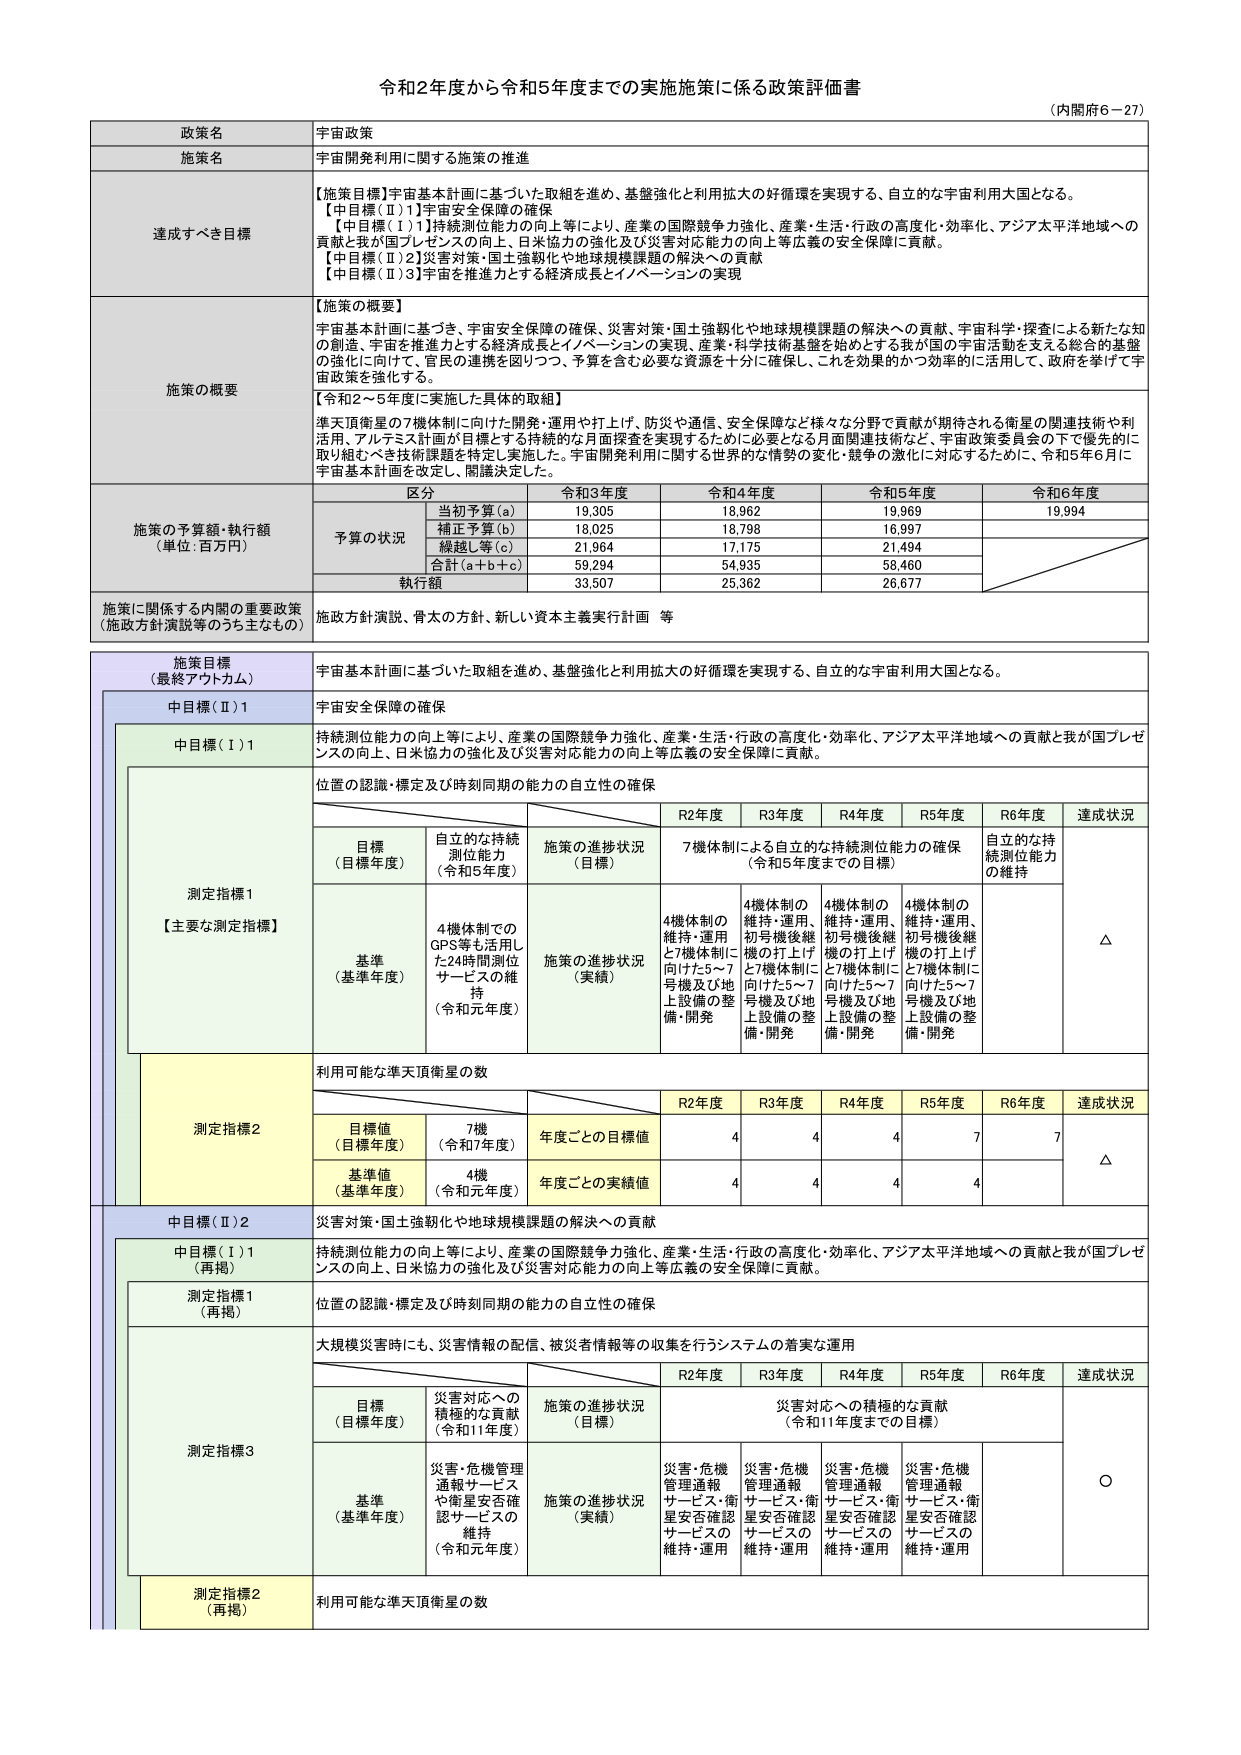
令和2年度から令和5年度までの実施施策に係る政策評価書
（内閣府6-27）

政策名 宇宙政策
施策名 宇宙開発利用に関する施策の推進

達成すべき目標
【施策目標】宇宙基本計画に基づいた取組を進め、基盤強化と利用拡大の好循環を実現する、自立的な宇宙利用大国となる。
【中目標（Ⅱ）1】宇宙安全保障の確保
（中目標（Ⅰ）1）持続測位能力の向上等により、産業の国際競争力強化、産業・生活・行政の高度化・効率化、アジア太平洋地域への貢献と我が国プレゼンスの向上、日米協力の強化及び災害対応能力の向上等広義の安全保障に貢献。
【中目標（Ⅱ）2】災害対策・国土強靭化や地球規模課題の解決への貢献
【中目標（Ⅱ）3】宇宙を推進力とする経済成長とイノベーションの実現

施策の概要
【施策の概要】
宇宙基本計画に基づき、宇宙安全保障の確保、災害対策・国土強靭化や地球規模課題の解決への貢献、宇宙科学・探査による新たな知の創出、宇宙を推進力とする経済成長とイノベーションの実現、産業・科学技術基盤を始めとする我が国の宇宙活動を支える総合的基盤の強化に向けて、官民の連携を図りつつ、予算を含む必要な資源を十分に確保し、これを効果的かつ効率的に活用して、政府を挙げて宇宙政策を強化する。
【令和2～5年度に実施した具体的取組】
準天頂衛星の7機体制に向けた開発・運用や打上げ、防災や通信、安全保障など様々な分野で貢献が期待される衛星の関連技術や利活用、アルテミス計画が目標とする持続的な月面探査を実現するために必要となる月面関連技術など、宇宙政策委員会の下で優先的に取り組むべき技術課題を特定し実施した。宇宙開発利用に関する世界的な情勢の変化・競争の激化に対応するために、令和5年6月に宇宙基本計画を改定し、関議決定した。

施策の予算額・執行額
（単位：百万円）
区分 令和3年度 令和4年度 令和5年度 令和6年度
予算の状況
当初予算（a） 19,305 18,962 19,969 19,994
補正予算（b） 18,025 18,798 16,997
繰越し等（c） 21,964 17,175 21,494
合計（a＋b＋c） 59,294 54,935 58,460
執行額 33,507 25,362 26,677

施策に関係する内閣の重要政策
（施政方針演説等のうち主なもの） 施政方針演説、骨太の方針、新しい資本主義実行計画 等

施策目標
（最終アウトカム） 宇宙基本計画に基づいた取組を進め、基盤強化と利用拡大の好循環を実現する、自立的な宇宙利用大国となる。

中目標（Ⅱ）1 宇宙安全保障の確保

中目標（Ⅰ）1 持続測位能力の向上等により、産業の国際競争力強化、産業・生活・行政の高度化・効率化、アジア太平洋地域への貢献と我が国プレゼンスの向上、日米協力の強化及び災害対応能力の向上等広義の安全保障に貢献。

測定指標1
【主要な測定指標】
位置の認識・標定及び時刻同期の能力の自立性の確保

目標
（目標年度） 自立的な持続測位能力
（令和5年度） 施策の進捗状況
（目標） R2年度 R3年度 R4年度 R5年度 R6年度 達成状況
7機体制による自立的な持続測位能力の確保
（令和5年度までの目標） 自立的な持続測位能力の維持
△

基準
（基準年度） 4機体制でのGPS等も活用した24時間測位サービスの維持
（令和2年度） 施策の進捗状況
（実績） 4機体制の維持・運用と7機体制に向けた5～7号機及び地上設備の整備・開発 4機体制の維持・運用、初号機後継機の打上げと7機体制に向けた5～7号機及び地上設備の整備・開発 4機体制の維持・運用、初号機後継機の打上げと7機体制に向けた5～7号機及び地上設備の整備・開発 4機体制の維持・運用、初号機後継機の打上げと7機体制に向けた5～7号機及び地上設備の整備・開発

測定指標2
利用可能な準天頂衛星の数

目標値
（目標年度） 7機
（令和7年度） 年度ごとの目標値 R2年度 R3年度 R4年度 R5年度 R6年度 達成状況
4 4 4 7 7
△

基準値
（基準年度） 4機
（令和元年度） 年度ごとの実績値 4 4 4 4 4

中目標（Ⅱ）2 災害対策・国土強靭化や地球規模課題の解決への貢献

中目標（Ⅰ）1
（再掲） 持続測位能力の向上等により、産業の国際競争力強化、産業・生活・行政の高度化・効率化、アジア太平洋地域への貢献と我が国プレゼンスの向上、日米協力の強化及び災害対応能力の向上等広義の安全保障に貢献。

測定指標1
（再掲） 位置の認識・標定及び時刻同期の能力の自立性の確保

大規模災害時にも、災害情報の配信、被災者情報等の収集を行うシステムの着実な運用

測定指標3
目標
（目標年度） 災害対応への積極的な貢献
（令和11年度） 施策の進捗状況
（目標） R2年度 R3年度 R4年度 R5年度 R6年度 達成状況
災害対応への積極的な貢献
（令和11年度までの目標） ○

基準
（基準年度） 災害・危機管理通報サービスや衛星安否確認サービスの維持
（令和2年度） 施策の進捗状況
（実績） 災害・危機管理通報サービス・衛星安否確認サービスの維持・運用 災害・危機管理通報サービス・衛星安否確認サービスの維持・運用 災害・危機管理通報サービス・衛星安否確認サービスの維持・運用 災害・危機管理通報サービス・衛星安否確認サービスの維持・運用

測定指標2
（再掲） 利用可能な準天頂衛星の数